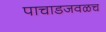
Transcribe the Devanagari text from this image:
पाचाडजवळच